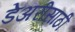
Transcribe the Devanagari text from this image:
डेअरीसाठी